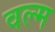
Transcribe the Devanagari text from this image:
वल्म